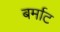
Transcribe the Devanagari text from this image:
बर्माट